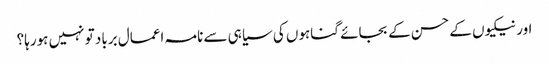
اور نیکیوں کے حسن کے بجائے گناہوں کی سیاہی سے نامہ اعمال برباد تو نہیں ہورہا؟